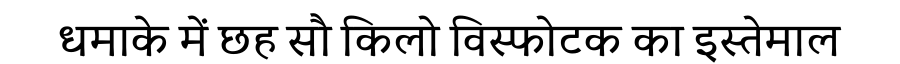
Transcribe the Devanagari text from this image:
धमाके में छह सौ किलो विस्फोटक का इस्तेमाल